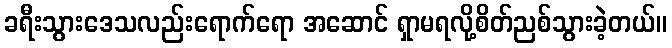
ခရီးသွားဒေသလည်းရောက်ရော အဆောင် ရှာမရလို့စိတ်ညစ်သွားခဲ့တယ်။